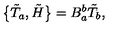
\bigl \{ \tilde { T } _ { a } , \tilde { H } \bigr \} = B _ { a } ^ { b } \tilde { T } _ { b } ,